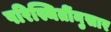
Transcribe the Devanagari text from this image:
परिस्थितींनुसार